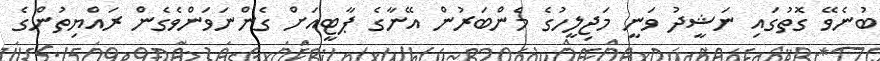
ބުނެވޭ ގޮތުގައި ނަޝީދު ވަނީ މަޖިލީހުގެ މެންބަރުން އޭނާގެ ޕާޓީއަށް ގެންނަވަންވެގެން ރައްޔިތުންގެ